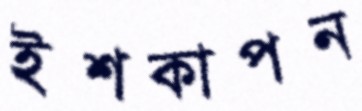
ইশকাপন